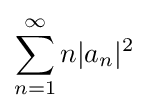
\sum _{n=1}^{\infty }n|a_{n}|^{2}